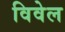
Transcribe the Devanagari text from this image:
विवेल